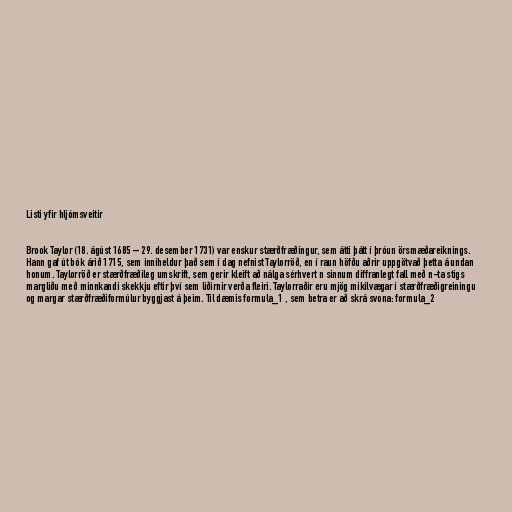
Listi yfir hljómsveitir

Brook Taylor (18. ágúst 1685 – 29. desember 1731) var enskur stærðfræðingur, sem átti þátt í þróun örsmæðareiknings.
Hann gaf út bók árið 1715, sem inniheldur það sem í dag nefnist Taylorröð, en í raun höfðu aðrir uppgötvað þetta á undan
honum. Taylorröð er stærðfræðileg umskrift, sem gerir kleift að nálga sérhvert n sinnum diffranlegt fall með n-ta stigs
margliðu með minnkandi skekkju eftir því sem liðirnir verða fleiri. Taylorraðir eru mjög mikilvægar í stærðfræðigreiningu
og margar stærðfræðiformúlur byggjast á þeim. Til dæmis formula_1 , sem betra er að skrá svona: formula_2